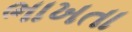
ભાખતા